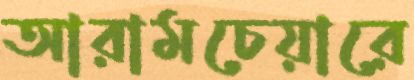
আরামচেয়ারে